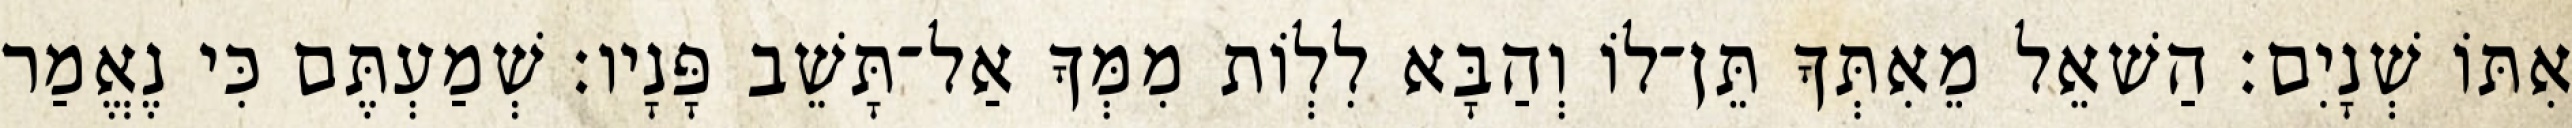
אִתּוֹ שְׁנָיִם׃ הַשׁאֵל מֵאִתְּךָ תֵּן־לוֹ וְהַבָּא לִלְוֹת מִמְּךָ אַל־תָּשֵׁב פָּנָיו׃ שְׁמַעְתֶּם כִּי נֶאֱמַר